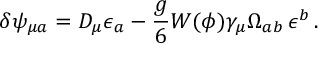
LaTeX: \delta \psi _ { \mu a } = D _ { \mu } \epsilon _ { a } - \frac { g } { 6 } W ( \phi ) \gamma _ { \mu } \Omega _ { a b } \, \epsilon ^ { b } \, .